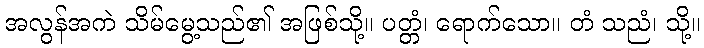
အလွန်အကဲ သိမ်မွေ့သည်၏ အဖြစ်သို့။ ပတ္တံ၊ ရောက်သော။ တံ သညံ၊ သို့။